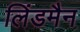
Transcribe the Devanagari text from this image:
लिंडमैन